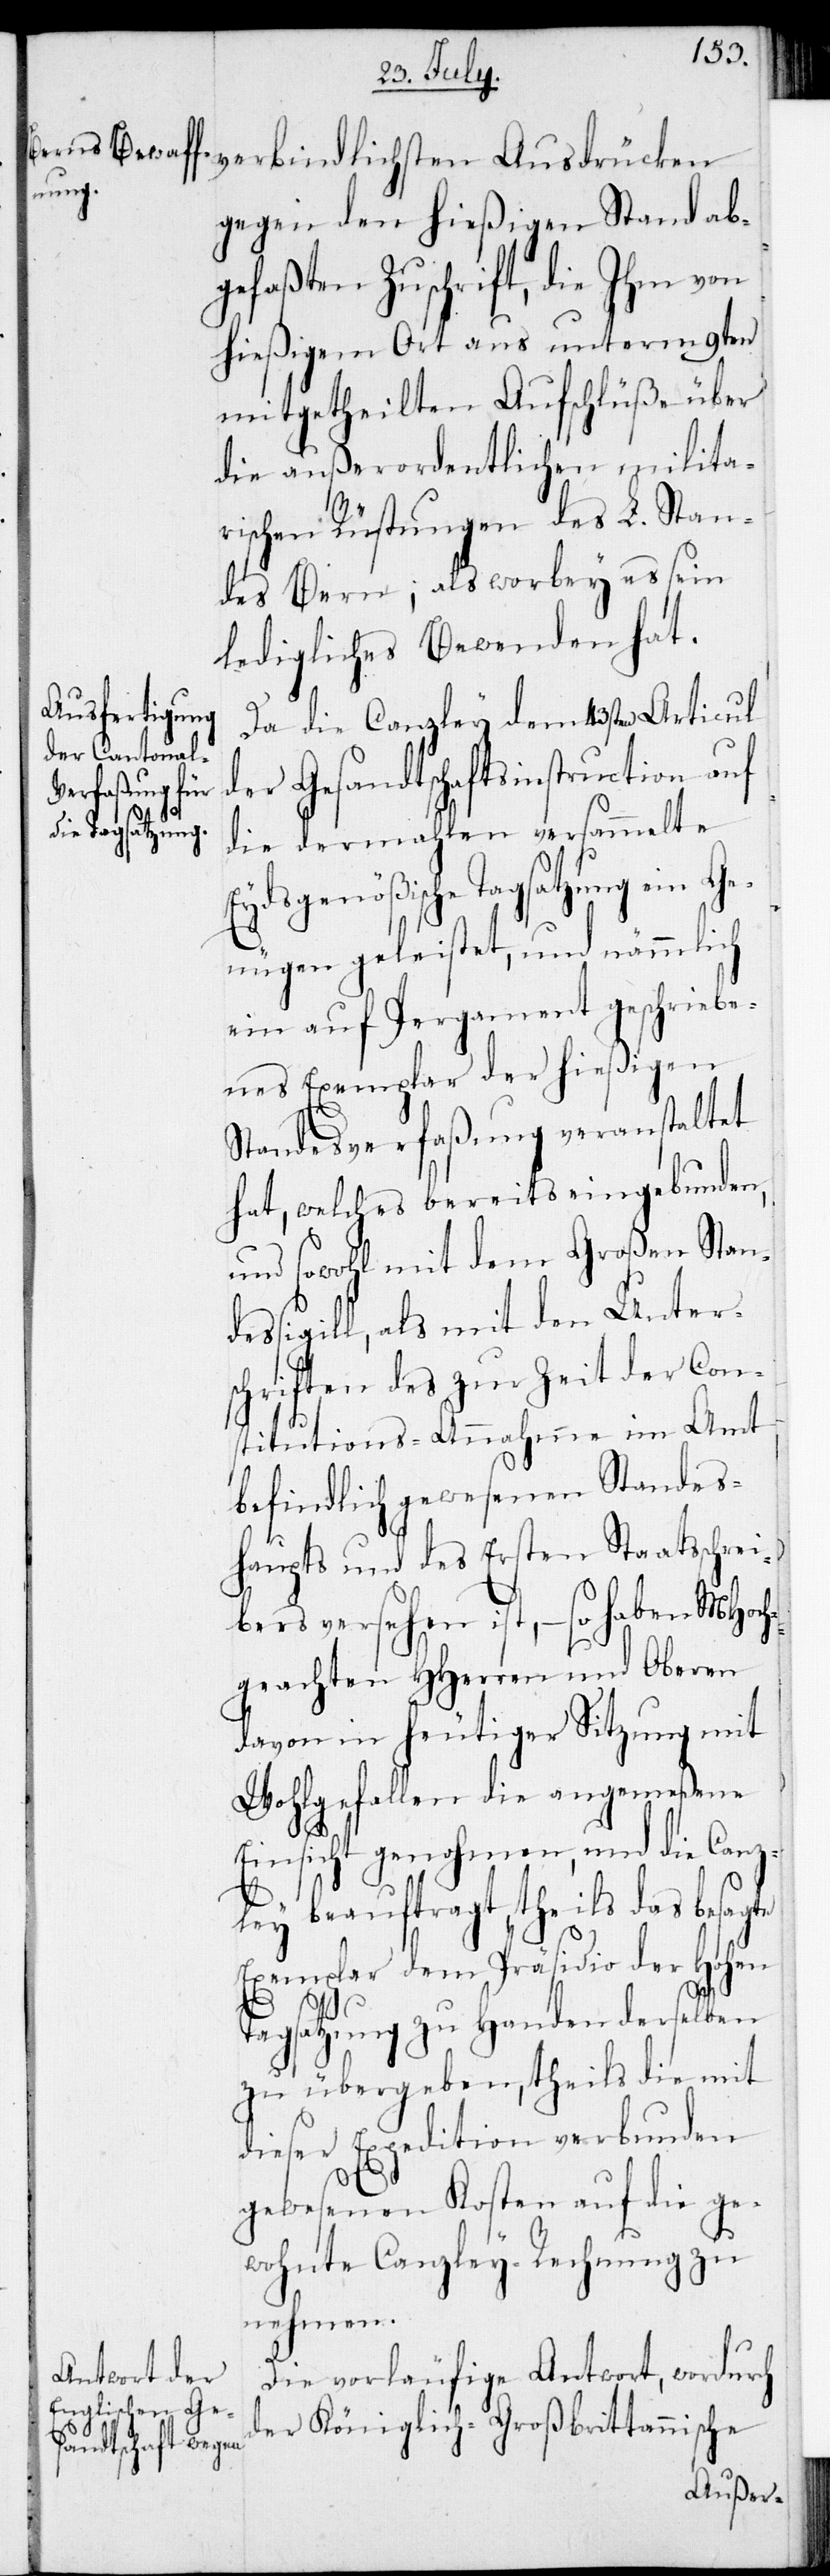
gegen den hießigen Stand ab¬
gefaßten Zuschrift, die Ihm von
hießigem Ort aus unterm 9ten
mitgetheilten Aufschlüße über
die außerordentlichen milita¬
rischen Rüstungen des L. Stan¬
des Bern; als worbey es sein
ledigliches Bewenden hat.
Da die Canzley dem 43sten Articul
der Gesandtschaftsinstruction auf
die dermahlen versammelte
Eydsgenößische Tagsatzung ein Ge¬
nügen geleistet, und nämmlich
ein auf Pergament geschriebe¬
nes Exemplar der hießigen
Standesverfaßung veranstaltet
hat, welches bereits eingebunden,
und sowohl mit dem Großen Stand¬
essigill, als mit den Unter¬
schriften des zur Zeit der Con¬
stitutions-Annahme im Amt
befindlich gewesenen Standes¬
haupts und des Ersten Staatsschrei¬
bers versehen ist, – so haben MHoch¬
geachten HHerren und Oberen
davon in heutiger Sitzung mit
Wohlgefallen die angemeßene
Einsicht genohmen, und die Canz¬
ley beauftragt, theils das besagte
Exemplar dem Präsidio der Hohen
Tagsatzung zu Handen derselben
zu übergeben, theils die mit
dieser Expedition verbunden
gewesenen Kosten auf die ge¬
wohnte Canzley-Rechnung zu
nehmen.
Die vorläufige Antwort, wodurch
der Königlich-Großbrittannische